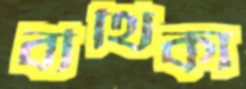
বীথিকা